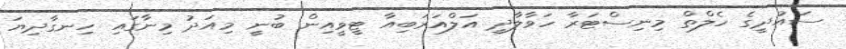
ސައުދީގެ ހެލްތް މިނިސްޓަރާ ހަވާލާދީ އަލްއަރަބިއާ ޓީވީއިން ބުނީ މިއަދު މިނާގައި ހިނގާދިޔަ